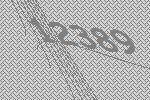
12389